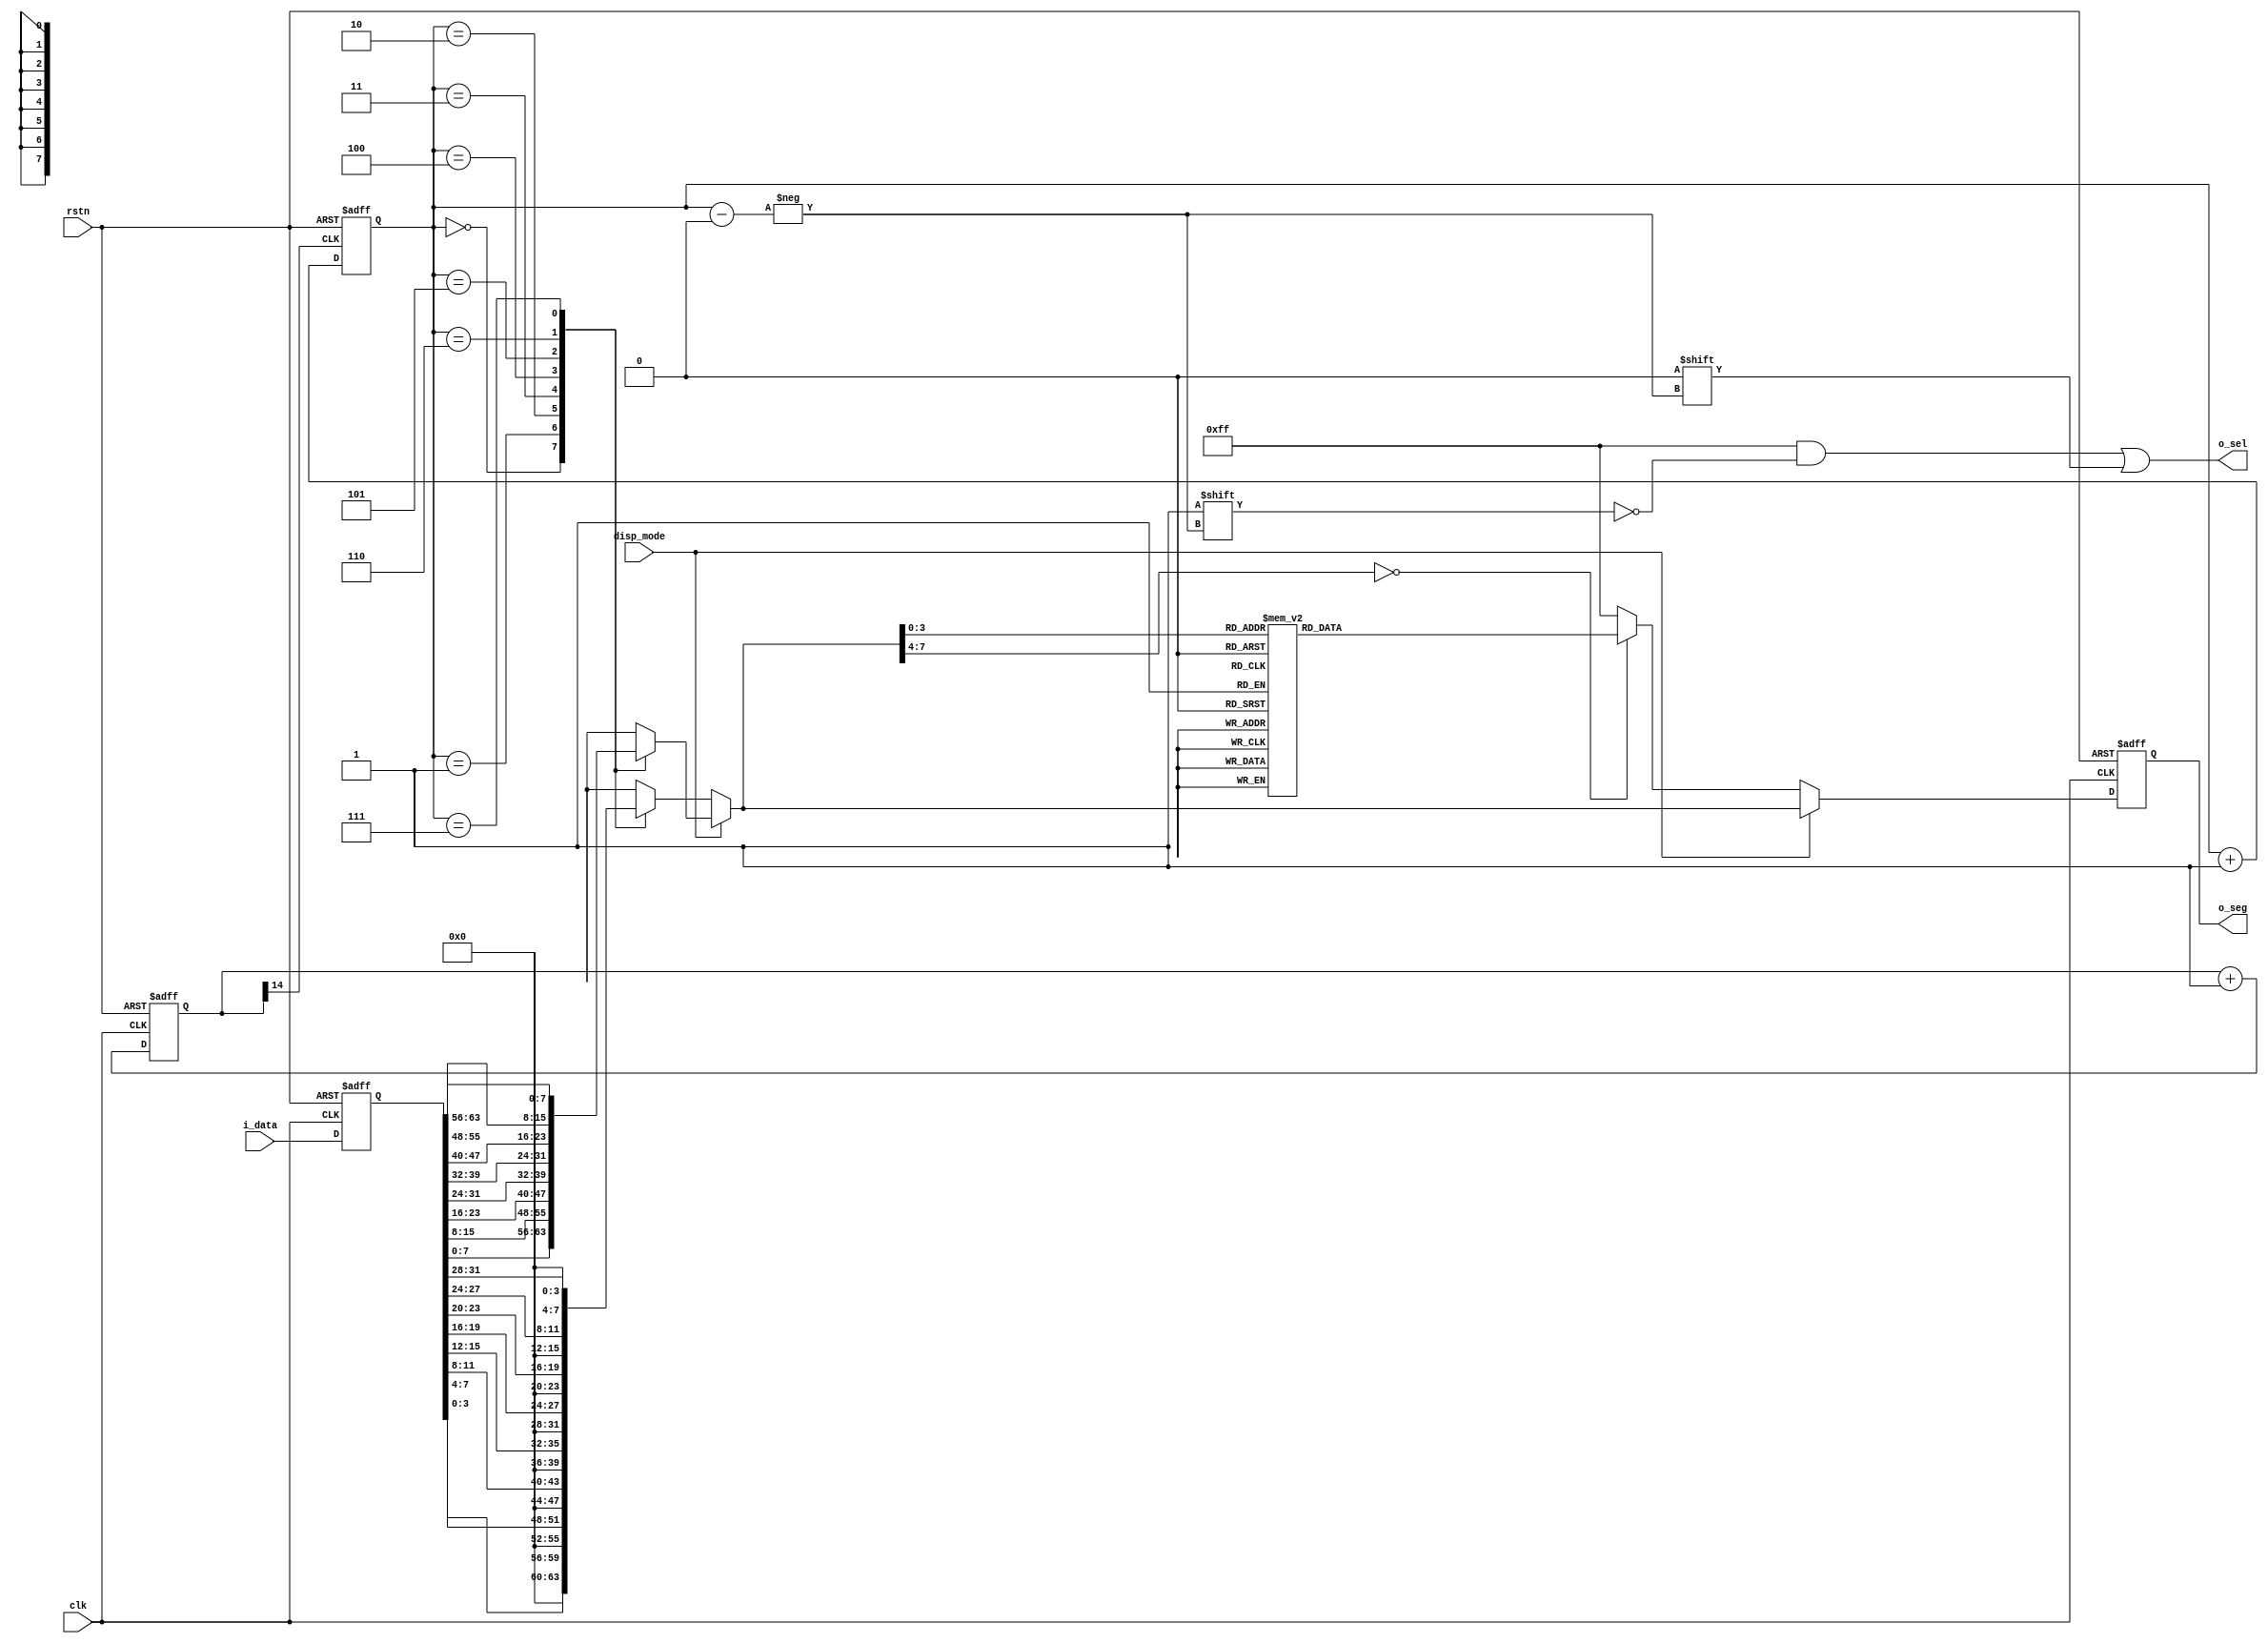
module seg7x16 (
    input clk,
    input rstn,
    input disp_mode,
    input [63:0] i_data,
    output [7:0] o_seg,
    output [7:0] o_sel
);
    reg [14:0] cnt;
    wire seg7_clk;
    always @(posedge clk, negedge rstn)
        if (!rstn) cnt <= 0;
        else cnt <= cnt + 1'b1;

    assign seg7_clk = cnt[14];


    reg [2:0] seg7_addr;

    always @(posedge seg7_clk, negedge rstn)
        if (!rstn) seg7_addr <= 0;
        else seg7_addr <= seg7_addr + 1'b1;

    reg [7:0] o_sel_r;

    always @(*) begin
        o_sel_r = 8'b11111111;
        o_sel_r[seg7_addr] = 1'b0;
    end

    reg [63:0] i_data_store;
    always @(posedge clk, negedge rstn)
        if (!rstn) i_data_store <= 0;
        else i_data_store <= i_data;

    reg [7:0] seg_data_r;
    always @(*)
        if (disp_mode == 1'b0) begin
            case (seg7_addr)
                0: seg_data_r = i_data_store[3:0];
                1: seg_data_r = i_data_store[7:4];
                2: seg_data_r = i_data_store[11:8];
                3: seg_data_r = i_data_store[15:12];
                4: seg_data_r = i_data_store[19:16];
                5: seg_data_r = i_data_store[23:20];
                6: seg_data_r = i_data_store[27:24];
                7: seg_data_r = i_data_store[31:28];
            endcase
        end else begin
            case (seg7_addr)
                0: seg_data_r = i_data_store[7:0];
                1: seg_data_r = i_data_store[15:8];
                2: seg_data_r = i_data_store[23:16];
                3: seg_data_r = i_data_store[31:24];
                4: seg_data_r = i_data_store[39:32];
                5: seg_data_r = i_data_store[47:40];
                6: seg_data_r = i_data_store[55:48];
                7: seg_data_r = i_data_store[63:56];
            endcase
        end
        
    reg [7:0] o_seg_r;
    always @(posedge clk, negedge rstn)
        if (!rstn) o_seg_r <= 8'hFF;
        else if (disp_mode == 1'b0) begin
            case (seg_data_r)
                4'h0: o_seg_r <= 8'hC0;
                4'h1: o_seg_r <= 8'hF9;
                4'h2: o_seg_r <= 8'hA4;
                4'h3: o_seg_r <= 8'hB0;
                4'h4: o_seg_r <= 8'h99;
                4'h5: o_seg_r <= 8'h92;
                4'h6: o_seg_r <= 8'h82;
                4'h7: o_seg_r <= 8'hF8;
                4'h8: o_seg_r <= 8'h80;
                4'h9: o_seg_r <= 8'h90;
                4'hA: o_seg_r <= 8'h88;
                4'hB: o_seg_r <= 8'h83;
                4'hC: o_seg_r <= 8'hC6;
                4'hD: o_seg_r <= 8'hA1;
                4'hE: o_seg_r <= 8'h86;
                4'hF: o_seg_r <= 8'h8E;
                default: o_seg_r <= 8'hFF;
            endcase
        end else begin
            o_seg_r <= seg_data_r;
        end

    assign o_sel = o_sel_r;
    assign o_seg = o_seg_r;

endmodule